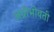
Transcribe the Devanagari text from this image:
अग्नीभोवती